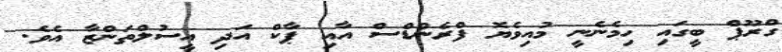
ގްރޫޕް ބީގައި ހިމެނެނީ މުއިވެޔޮ ފްރެންޑްސް އާއި ޕާކް އަދި އީސުލްތަންޒާ އެވެ.